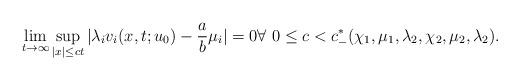
LaTeX: \begin{align*}\lim_{t\to\infty}\sup_{|x|\leq ct}|\lambda_i v_i(x,t;u_0)-\frac{a}{b}\mu_i|=0\forall\ 0\leq c< c^*_{-}(\chi_1,\mu_1,\lambda_2,\chi_2,\mu_2,\lambda_2).\end{align*}